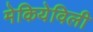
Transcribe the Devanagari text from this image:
मेकियेविली